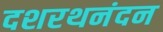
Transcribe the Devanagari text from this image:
दशरथनंदन